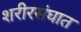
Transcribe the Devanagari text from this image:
शरीरसंघात